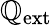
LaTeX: \mathbb{Q}_{\mathrm{{ext}}}